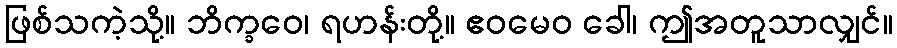
ဖြစ်သကဲ့သို့။ ဘိက္ခဝေ၊ ရဟန်းတို့။ ဧဝမေဝ ခေါ၊ ဤအတူသာလျှင်။